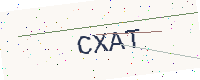
Text: CXAT